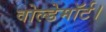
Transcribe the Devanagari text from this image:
वोल्डेमॉर्ट।